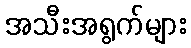
အသီးအရွက်များ